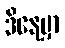
ဒီနေ့မှာ